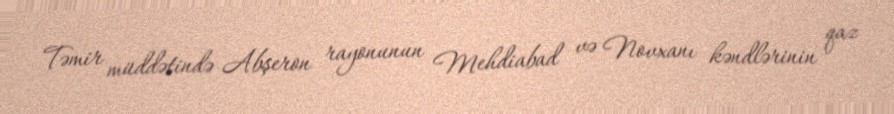
Təmir müddətində Abşeron rayonunun Mehdiabad və Novxanı kəndlərinin qaz